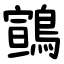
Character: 䳦